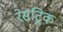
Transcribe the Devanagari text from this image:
रेसट्रिक